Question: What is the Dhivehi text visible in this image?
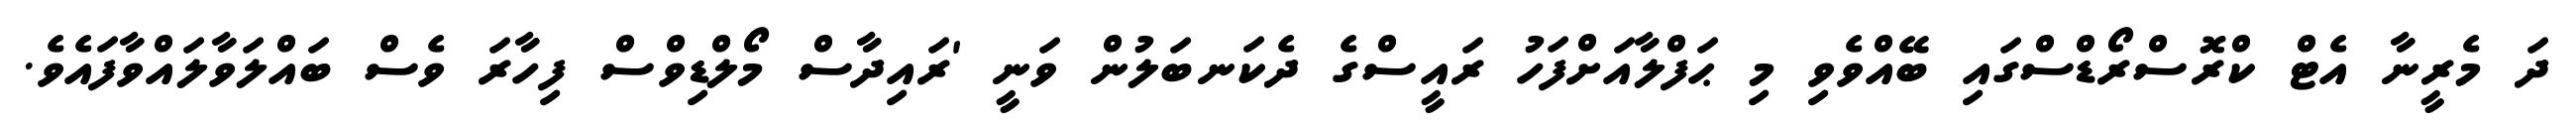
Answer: ދަ މެރީނާ އެޓް ކްރޮސްރޯޑްސްގައި ބޭއްވެވި މި ޙަފްލާއަށްފަހު ރައީސްގެ ދެކަނބަލުން ވަނީ 'ރައިދާސް މޯލްޑިވްސް ފިހާރަ ވެސް ބައްލަވާލައްވާފައެވެ.